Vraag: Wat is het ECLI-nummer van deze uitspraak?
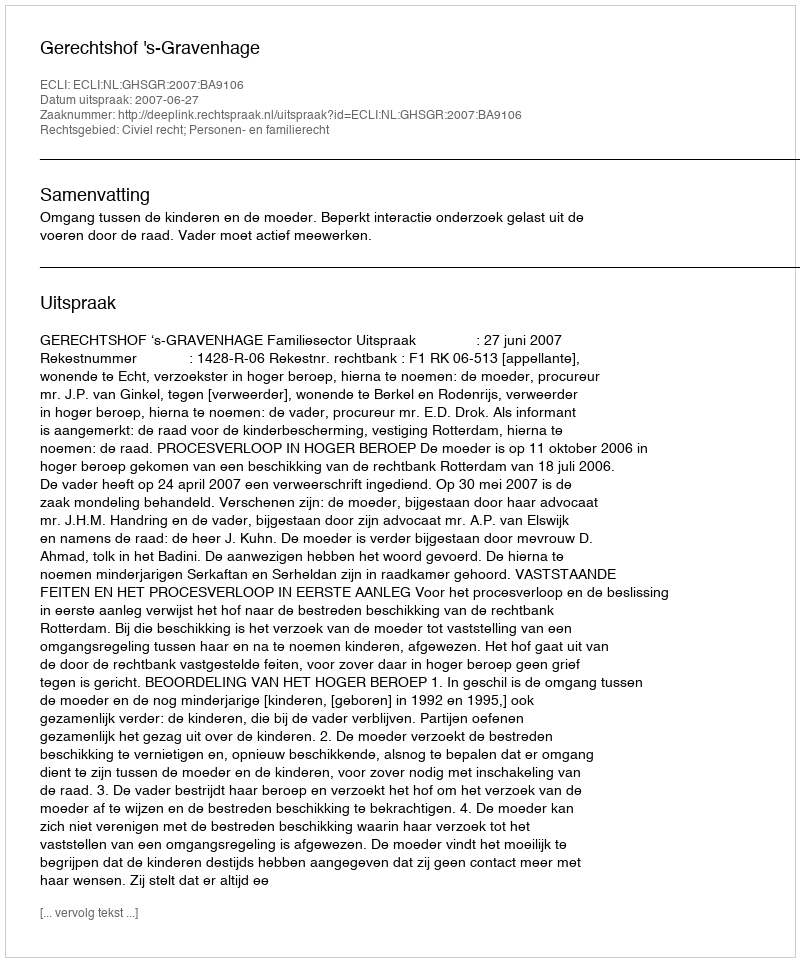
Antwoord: ECLI:NL:GHSGR:2007:BA9106